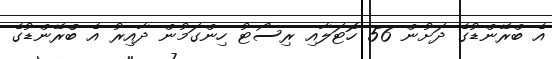
އެ ބްރޭންޑުގެ ދަށުން 56 ހޮޓަލާއި ރިސޯޓު ހިންގަމުން ދާއިރު އެ ބްްރޭންޑުގެ